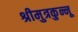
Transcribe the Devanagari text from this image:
श्रीमुत्रकुन्नू